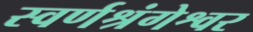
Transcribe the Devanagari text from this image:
स्वर्णश्रंगेश्वर